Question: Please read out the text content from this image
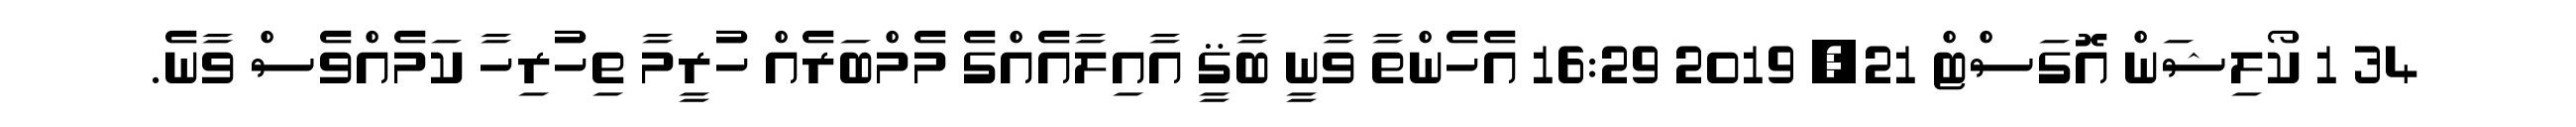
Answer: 34 1 ކޯލިޝަން އޮގަސްޓް 21, 2019 16:29 އެހެންތާ ވާނީ ބާޤީ އާއިލާއެއްގެ މެމްބަރެއް ހުރީމާ ތިހުރިހާ ކަމެއްވެސް ވާނެ.